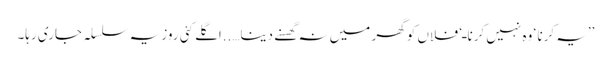
’’یہ کرنا ‘ وہ نہیں کرنا ـ‘ فلاں کو گھر میں نہ گھسنے دینا…..اگلے کئی روز یہ سلسلہ جاری رہا۔